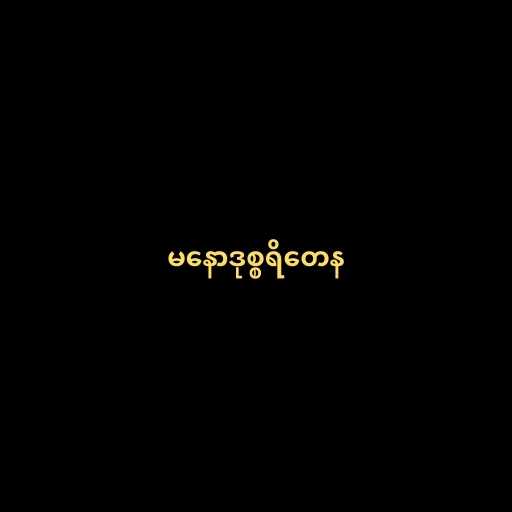
မနောဒုစ္စရိတေန